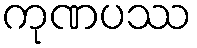
ကုဏပဿ